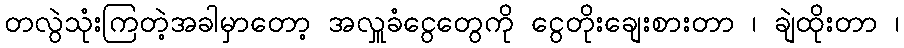
တလွဲသုံးကြတဲ့အခါမှာတော့ အလှူခံငွေတွေကို ငွေတိုးချေးစားတာ ၊ ချဲထိုးတာ ၊